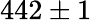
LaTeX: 442\pm 1